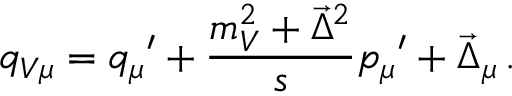
q _ { V \mu } = { q _ { \mu } } ^ { \prime } + { \frac { m _ { V } ^ { 2 } + \vec { \Delta } ^ { 2 } } { s } } { p _ { \mu } } ^ { \prime } + \vec { \Delta } _ { \mu } \, .